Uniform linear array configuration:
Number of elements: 64
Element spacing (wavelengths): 0.5
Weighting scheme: hann
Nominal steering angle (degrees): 45
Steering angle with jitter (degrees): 46.328
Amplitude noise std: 0.05
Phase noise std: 0.05

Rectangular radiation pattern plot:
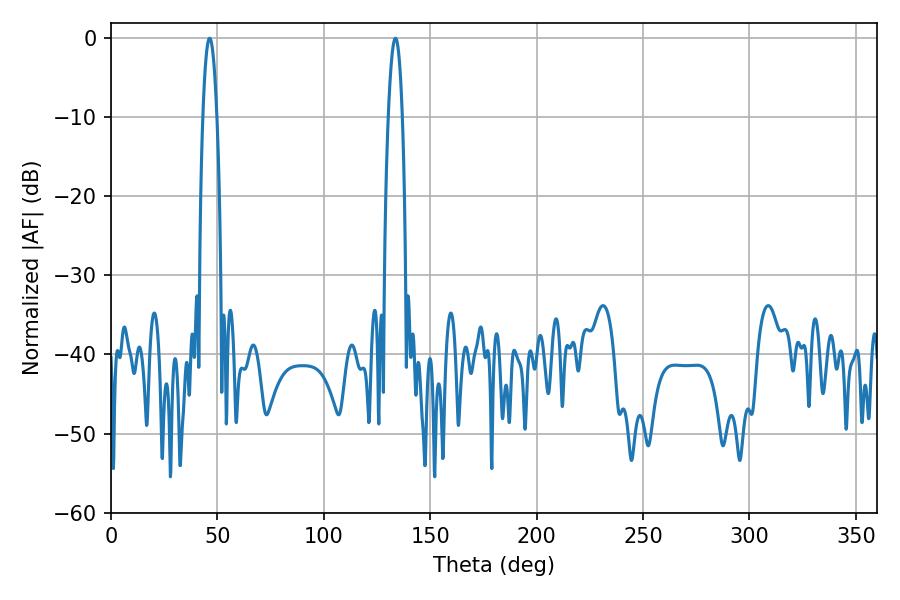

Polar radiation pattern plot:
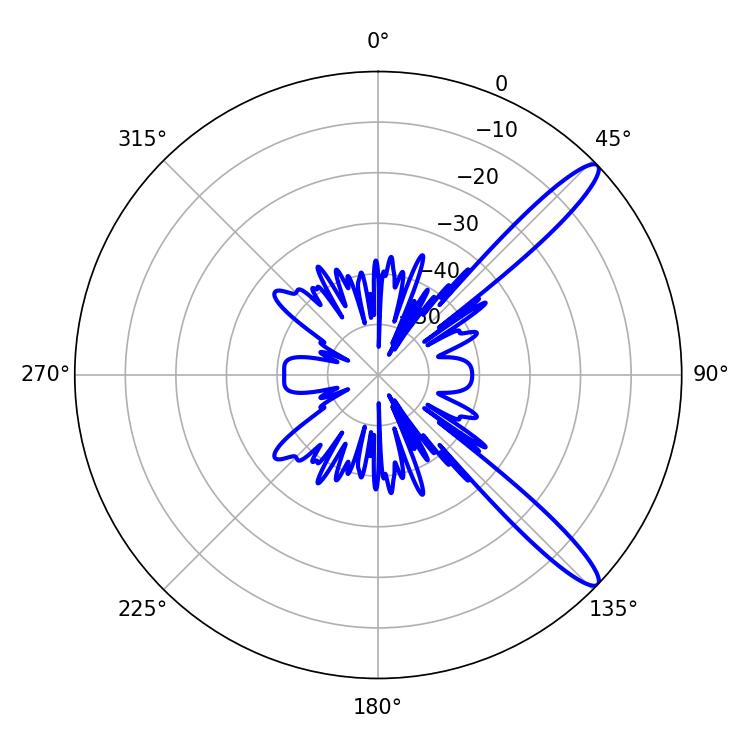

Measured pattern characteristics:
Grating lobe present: FALSE
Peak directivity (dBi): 13.006
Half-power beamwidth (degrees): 3.6
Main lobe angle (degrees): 46.26